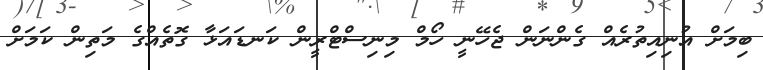
ބިމަށް އުނިއިތުރެއް ގެންނަން ޖެހޭނީ ހޯމް މިނިސްޓްރީން ކަނޑައަޅާ ގޮތެއްގެ މަތިން ކަމަށް